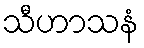
သီဟာသနံ